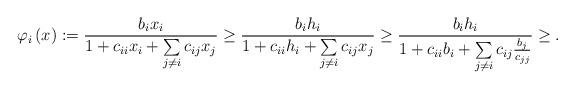
LaTeX: \begin{align*}\varphi_{i}\left( x \right):=\frac{b_{i}x_{i}}{1+c_{ii}x_{i}+\sum\limits_{j\ne i} {c_{ij}x_{j}} }\ge \frac{b_{i}h_{i}}{1+c_{ii}h_{i}+\sum\limits_{j\ne i} {c_{ij}x_{j}}}\ge \frac{b_{i}h_{i}}{1+c_{ii}b_{i}+\sum\limits_{j\ne i} c_{ij}\frac{b_{j}}{c_{jj}}}\ge.\end{align*}